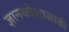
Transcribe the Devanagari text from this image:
ज्ञानकोशासाठी